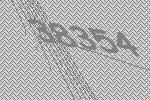
38354